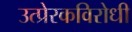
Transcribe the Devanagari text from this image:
उत्प्रेरकविरोधी